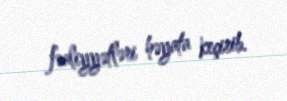
fəaliyyətləri həyata keçirib.